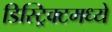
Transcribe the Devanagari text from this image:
डिस्ट्रिक्टमध्ये